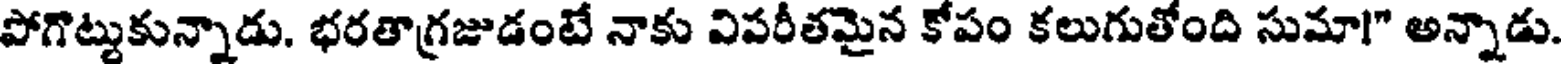
పోగొట్టుకున్నాడు. భరతాగ్రజుడంటే నాకు విపరీతమైన కోపం కలుగుతోంది సుమా!" అన్నాడు.